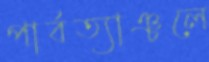
পার্বত্যাঞ্চলে